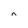
Character: n